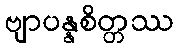
ဗျာပန္နစိတ္တဿ